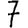
Digit: 7